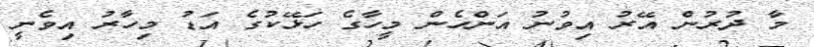
މާ ދުރުން އޭރު އިވުނު އަންހެން މީހާގެ ހަޅޭކުގެ އަޑު މިހާރު އިވެނީ